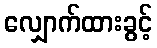
လျှောက်ထားခွင့်